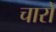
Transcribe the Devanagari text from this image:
चारों